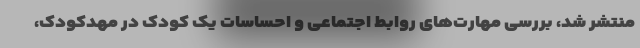
منتشر شد، بررسی مهارت‌های روابط اجتماعی و احساسات یک کودک در مهدکودک،